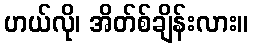
ဟယ်လို၊ အိတ်စ်ချိန်းလား။